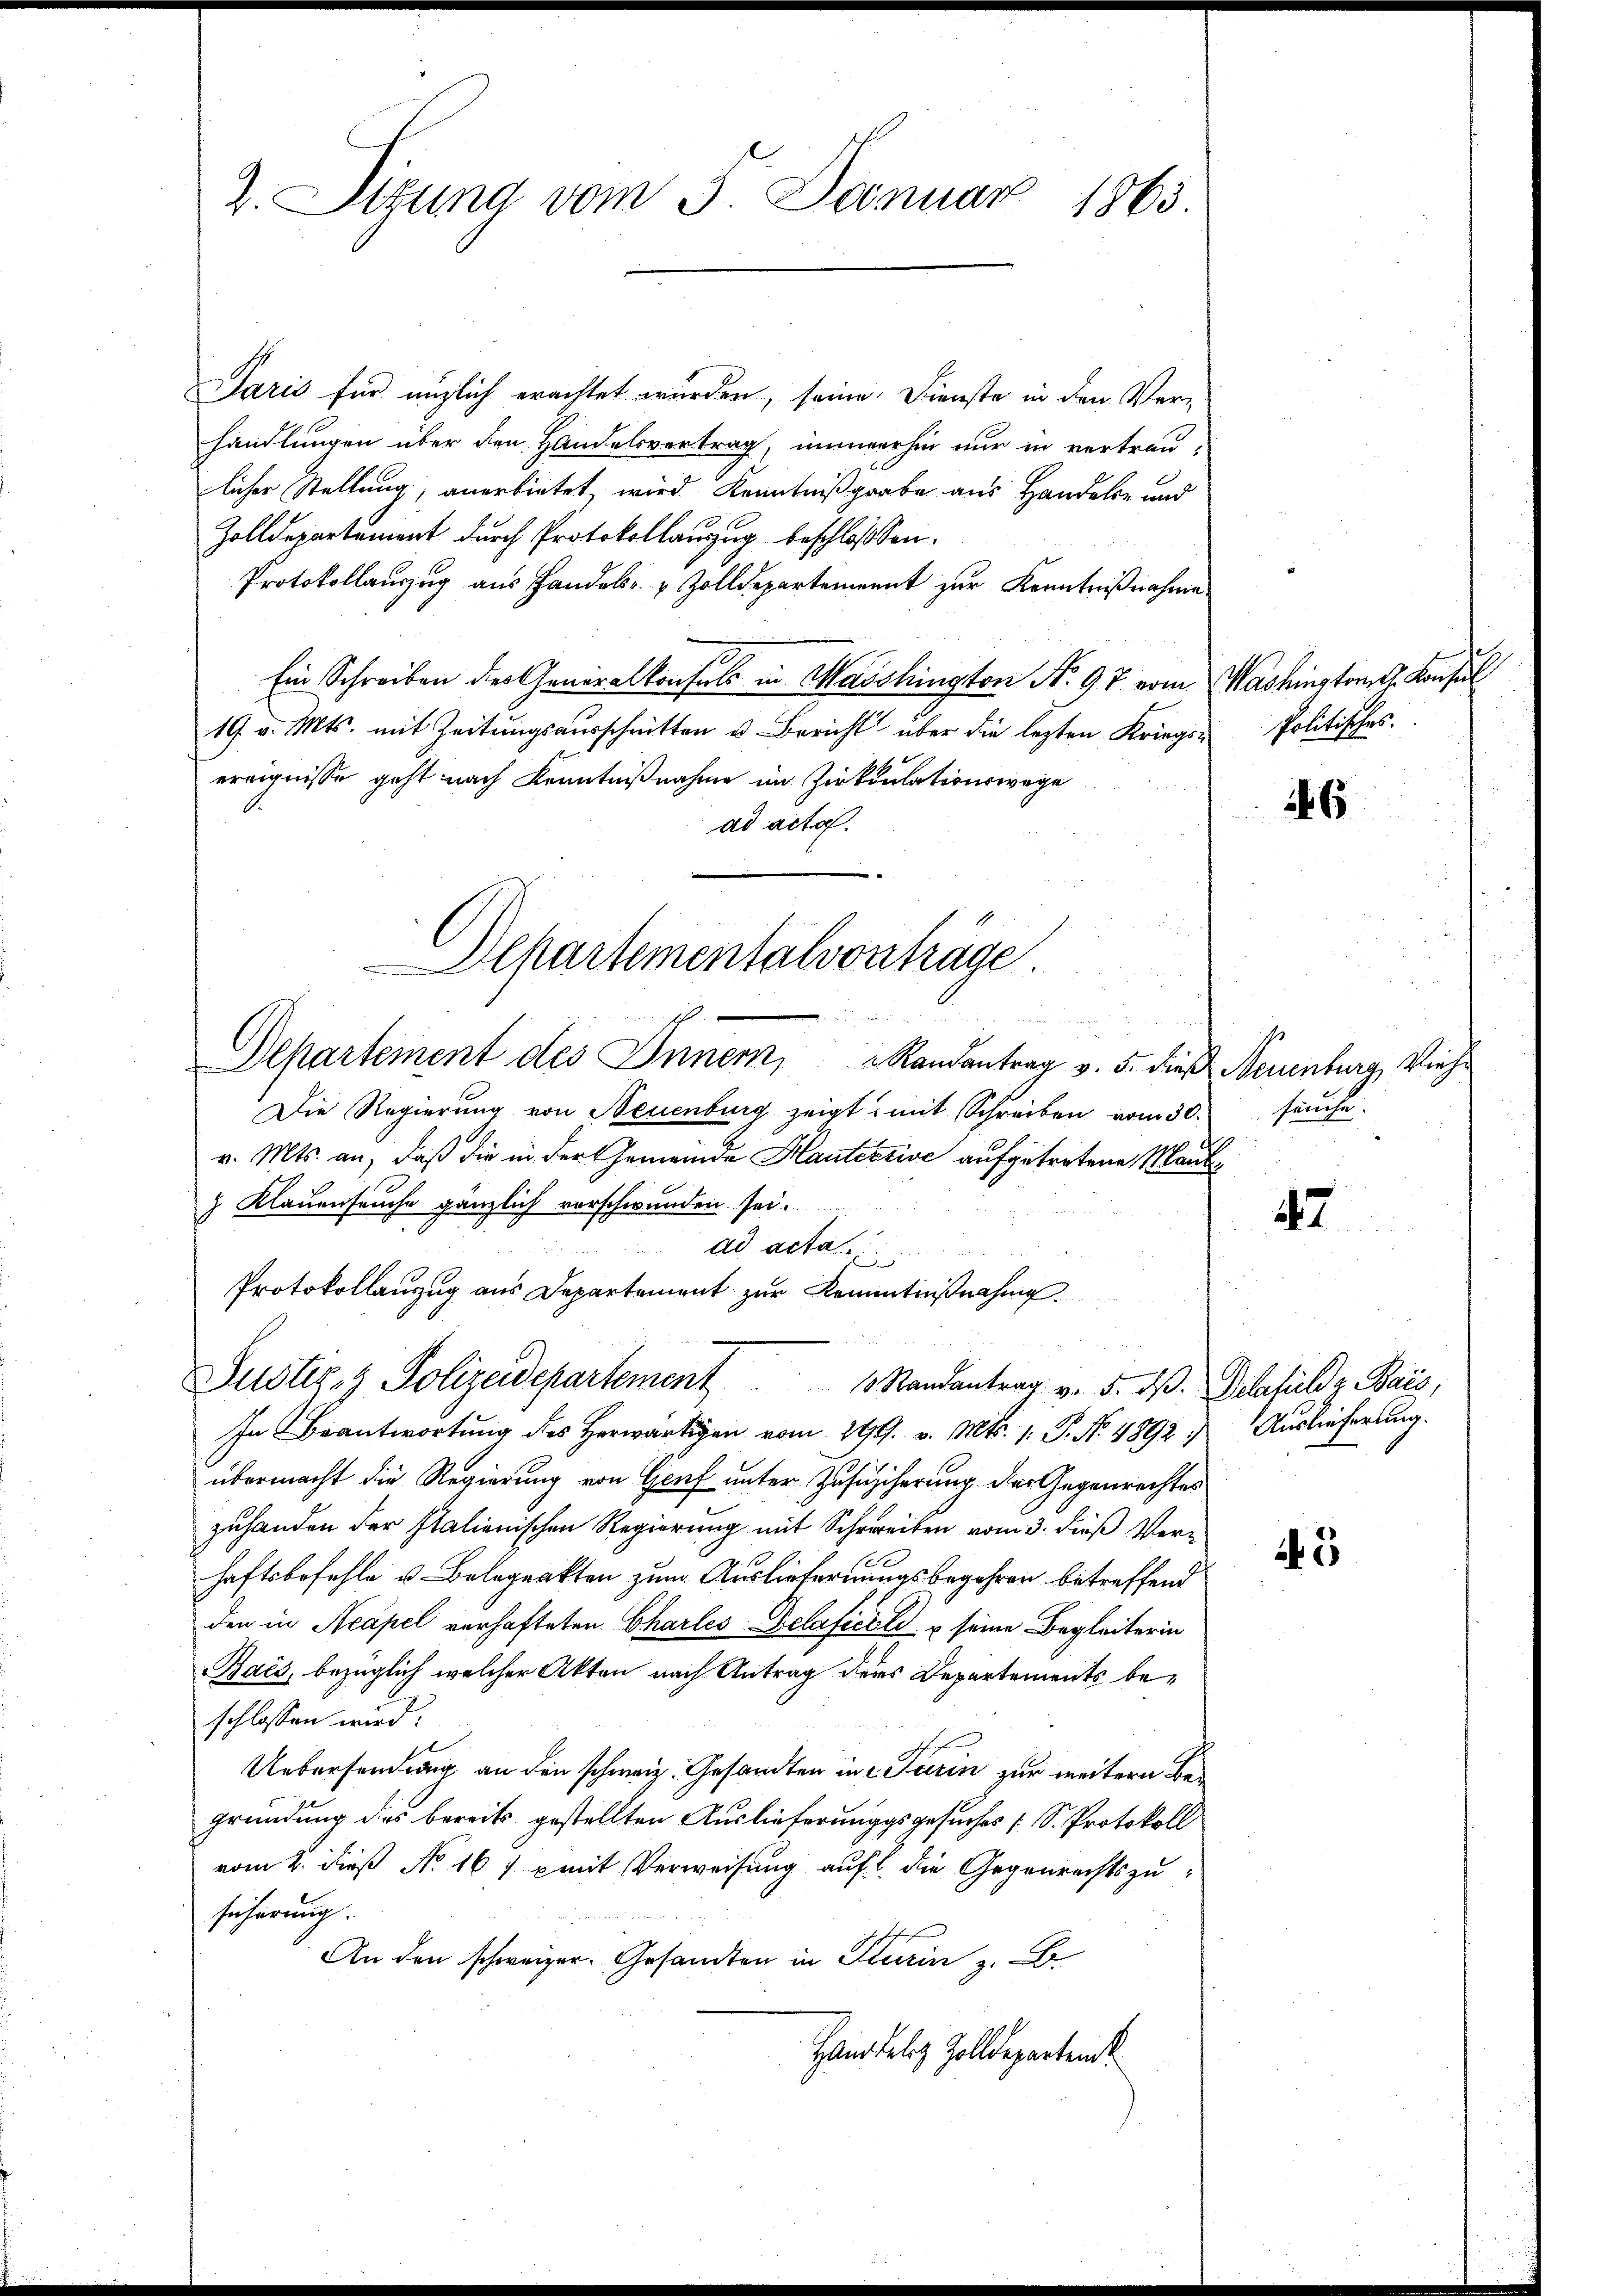
2. Situng vom 3. Januar 1863.

Paris für nüzlich erachtet wurden, seine Dienste in den Ver-
handlungen über den Handelsvertrag, nimmerhin nur in vertrau-
licher Stellung, anerbietet, wird Kenntniß grabe aus Handelte und
Zolldepartement durch Protokollauszug beschlossen.
Protokollauszug aus Handels- & Zolldepartement zur Kenntnißnahme
Ein Schreiben der Generalkonsuls in Masshingten No 97 vom Washingtong. Konsul
19 v. Mts. mit Zeitŭngsaŭsschnitten u. Bericht über die lezten Kriegsereignisse geht nach Kenntnißnahme im Zirkulationswege
ad acta.
Die Regierung von Neuenburg zeigt mit Schreiben vom 30.
v. Mts. an, daß die in der Gemeinde Hautextive aufgetretene Maut¬
 Klauenseuche gänzlich vorschwunden sei.
ad acta
Protokollanzug aus Departement zur Kenntnißnahme
Justiz- & Polizeidepartement Randantrag v. 5. ds. Delafild z. Bais,
In Beantwortung des Herwärtigen vom 299. v. Mts. 1. P. Nr. 4892:
übermacht die Regierung von Genf unter Zusicherung der Gegenrechtes
zuhanden der Italienischen Regierung mit Schreiben vom 3. dieß Verhaftsbefehle u. Belegrakten zum Ausliefernungsbegehren betreffend
den in Neapel verhafteten Charles Gelaficoli & seine Begleiterin
Bacs, bezüglich welcher Akten nach Antrag deres Departements beschlossen wird.
Uebersendung an den schweiz. Gesandten in 2 Turin zur weitern Begründung des bereits gestellten Auslieferungsgesuches [S. Protokoll
vom 2. dieß No 16) mit Verweisung auf die Gegenrechtszusicherung.
An den schweizer. Gesandten in Turin z. B
Hanpfalz Zolldepartens

Departementalvorträge
1
Departement des Innern, Randantrag v. 5. dieß

Politisches.

6

Neuenburg, Viehe
häuse.

47

Auslieferung.

s

5